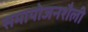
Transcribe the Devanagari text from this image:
समायोजनशैली